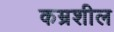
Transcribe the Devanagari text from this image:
कम्रशील